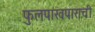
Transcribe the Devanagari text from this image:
फुलपाखपाराची